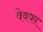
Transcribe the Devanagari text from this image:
वेवफा